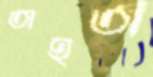
তাহতী